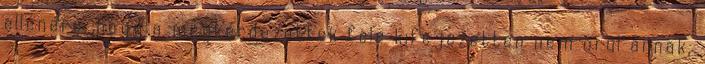
ellenére, hogy a megkérdezettek fele kifejezetten nem örül annak,